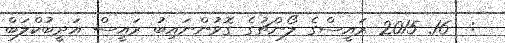
:  16